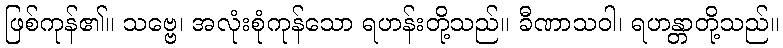
ဖြစ်ကုန်၏။ သဗ္ဗေ၊ အလုံးစုံကုန်သော ရဟန်းတို့သည်။ ခီဏာသဝါ၊ ရဟန္တာတို့သည်။